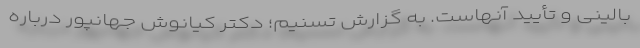
بالینی و تأیید آنهاست. به گزارش تسنیم؛ دکتر کیانوش جهانپور درباره